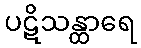
ပဋိသန္ထာရေ